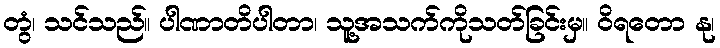
တွံ၊ သင်သည်။ ပါဏာတိပါတာ၊ သူ့အသက်ကိုသတ်ခြင်းမှ။ ဝိရတော နု၊